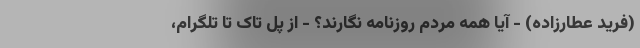
(فرید عطارزاده) - آیا همه مردم روزنامه نگارند؟ - از پل تاک تا تلگرام،